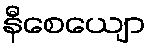
နီစေယျော